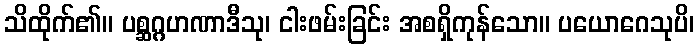
သိထိုက်၏။ ပစ္ဆဂ္ဂဟဏာဒီသု၊ ငါးဖမ်းခြင်း အစရှိကုန်သော။ ပယောဂေသုပိ၊